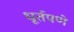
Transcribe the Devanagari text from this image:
धूर्तपणे